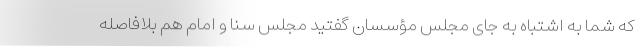
که شما به اشتباه به جای مجلس مؤسسان گفتید مجلس سنا و امام هم بلافاصله